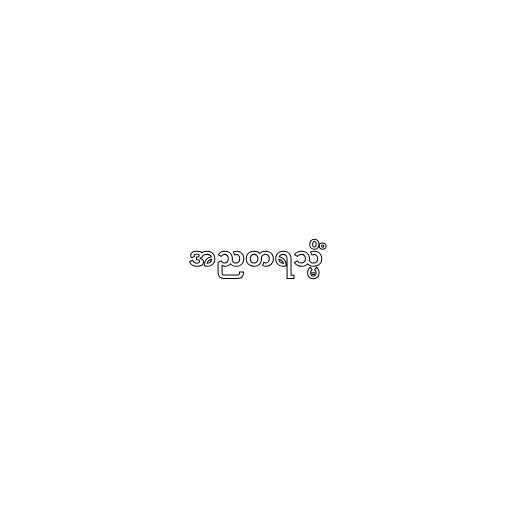
အညတရသ္မိံ